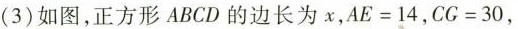
(3)如图，正方形ABCD的边长为x，$$A E = 1 4$$，$$C G = 3 0$$，